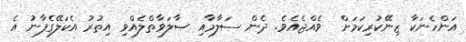
އަންހެނަކާ ޒިނޭކުރިކަމަށް  ވެއްޖެއެވެ. ދެން ސަލާމާއި ޞާލަވާތްލެއްވި އިތުރު އެކަލޭގެފާނު އެ